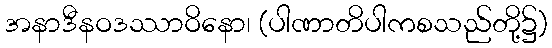
အနာဒီနဝဒဿာဝိနော၊ (ပါဏာတိပါကစသည်တို့၌)